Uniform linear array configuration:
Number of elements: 48
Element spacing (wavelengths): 0.5
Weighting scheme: hamming
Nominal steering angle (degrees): -30
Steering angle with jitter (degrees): -29.884
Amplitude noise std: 0.05
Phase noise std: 0.05

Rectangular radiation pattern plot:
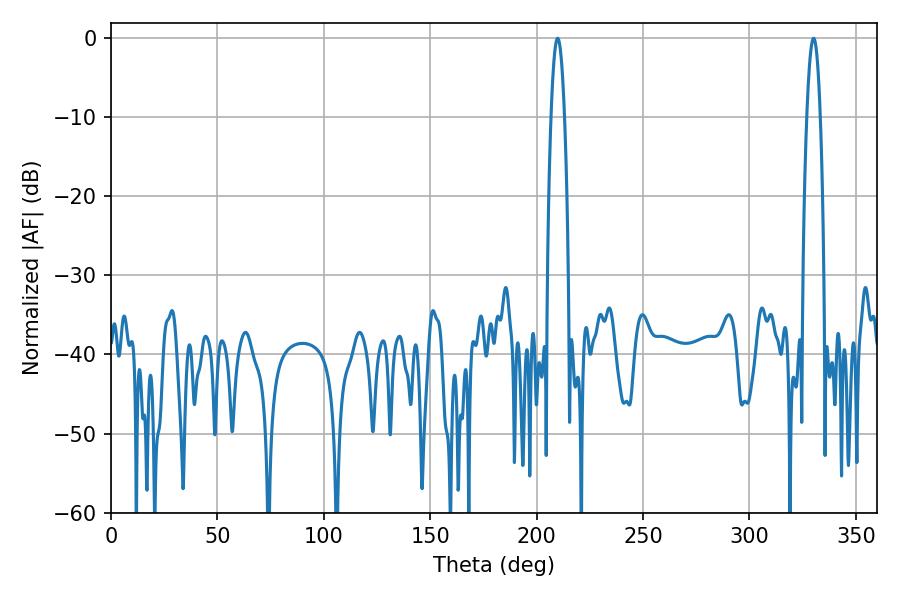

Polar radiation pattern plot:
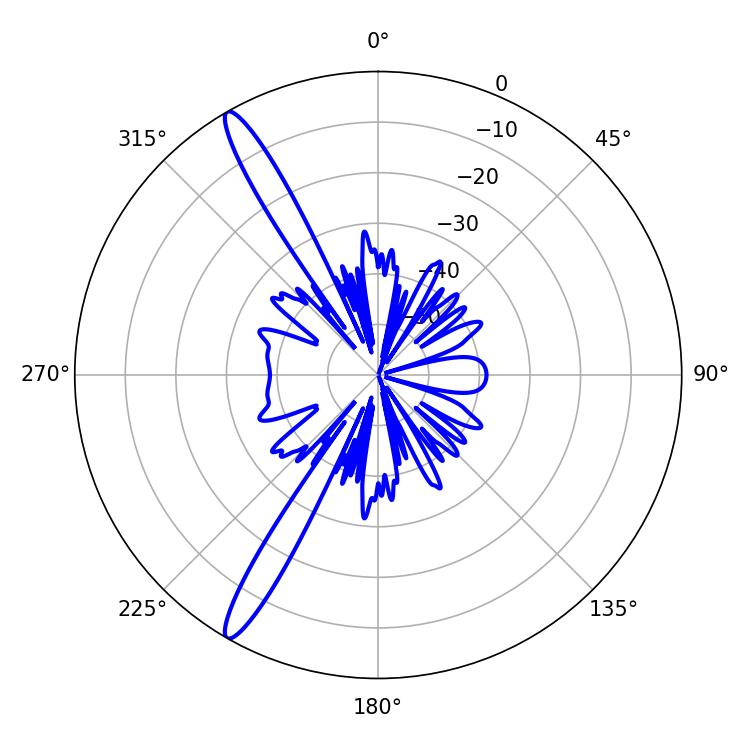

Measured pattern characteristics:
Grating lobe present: FALSE
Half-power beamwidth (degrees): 3.6
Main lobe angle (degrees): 209.88